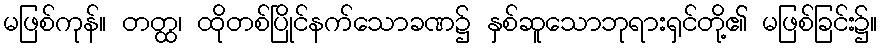
မဖြစ်ကုန်။ တတ္ထ၊ ထိုတစ်ပြိုင်နက်သောခဏ၌ နှစ်ဆူသောဘုရားရှင်တို့၏ မဖြစ်ခြင်း၌။